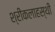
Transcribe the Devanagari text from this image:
श्रीकलाहस्थी